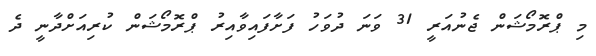
މި ޕްރޮމޯޝަން ޖެނުއަރީ 31 ވަނަ ދުވަހު ފަށާފައިވާއިރު ޕްރޮމޯޝަން ކުރިއަށްދާނީ ދެ